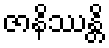
ဇာနိဿန္တိ